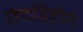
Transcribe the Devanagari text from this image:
छंदविहीन